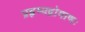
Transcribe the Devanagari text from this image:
प्रहृष्यद्रोमाणः